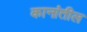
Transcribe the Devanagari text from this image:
कानांतील